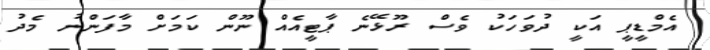
އެމްޑީޕީ އަކީ ދުވަހަކު ވެސް ރޫޅޭނެ ޕާޓީއެއް ނޫން ކަމަށް މާފަންނު މެދު